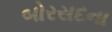
બોરસદના